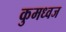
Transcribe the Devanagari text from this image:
कुमध्वज